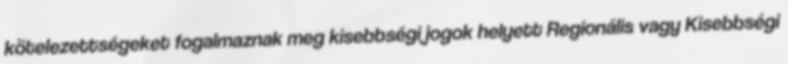
kötelezettségeket fogalmaznak meg kisebbségi jogok helyett Regionális vagy Kisebbségi